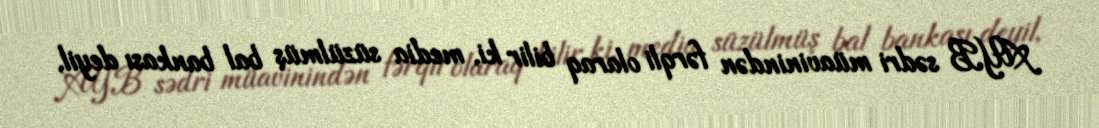
AYB sədri müavinindən fərqli olaraq bilir ki, media süzülmüş bal bankası deyil,